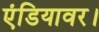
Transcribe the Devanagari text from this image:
एंडियावर।